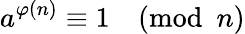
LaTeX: a^{\varphi(n)}\equiv 1{\pmod{n}}